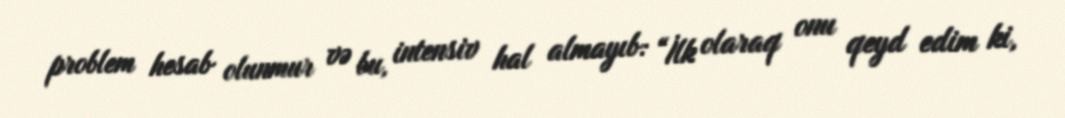
problem hesab olunmur və bu, intensiv hal almayıb: “İlk olaraq onu qeyd edim ki,